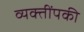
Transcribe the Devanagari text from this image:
व्यक्तींपकी